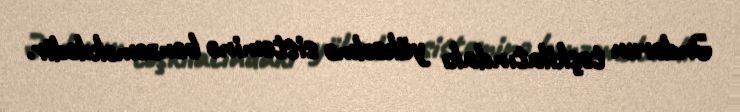
Əndərun təşkilatındakı yüksəlmə sisteminə bənzəməkdədir.